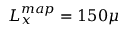
L _ { x } ^ { m a p } = 1 5 0 \mu